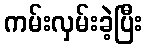
ကမ်းလှမ်းခဲ့ပြီး